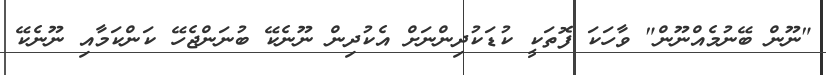
"ނޫން ބޭނުމެއްނޫން" ވާހަކަ ފޮތަކީ ކުޑަކުދިންނަށް އެކުދިން ނޫނެކޭ ބުނަންޖެހޭ ކަންކަމާއި ނޫނެކޭ